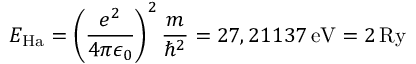
E _ { \mathrm { H a } } = \left( \frac { e ^ { 2 } } { 4 \pi \epsilon _ { 0 } } \right) ^ { 2 } \frac { m } { \hbar ^ { 2 } } = 2 7 , 2 1 1 3 7 \, \mathrm { e V } = 2 \, \mathrm { R y }